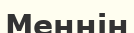
Меннін